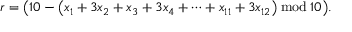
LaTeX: r = { \big ( } 1 0 - { \big ( } x _ { 1 } + 3 x _ { 2 } + x _ { 3 } + 3 x _ { 4 } + \cdots + x _ { 1 1 } + 3 x _ { 1 2 } { \big ) } \, { \bmod { \, } } 1 0 { \big ) } .